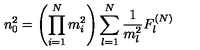
n _ { 0 } ^ { 2 } = \left( \prod _ { i = 1 } ^ { N } m _ { i } ^ { 2 } \right) \sum _ { l = 1 } ^ { N } \frac { 1 } { m _ { l } ^ { 2 } } F _ { l } ^ { ( N ) }